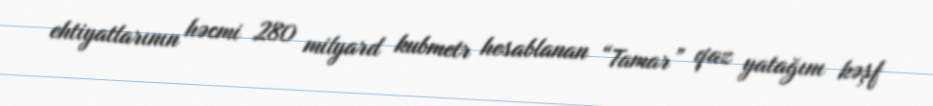
ehtiyatlarının həcmi 280 milyard kubmetr hesablanan “Tamar” qaz yatağını kəşf